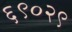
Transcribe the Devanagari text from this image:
६९०२९